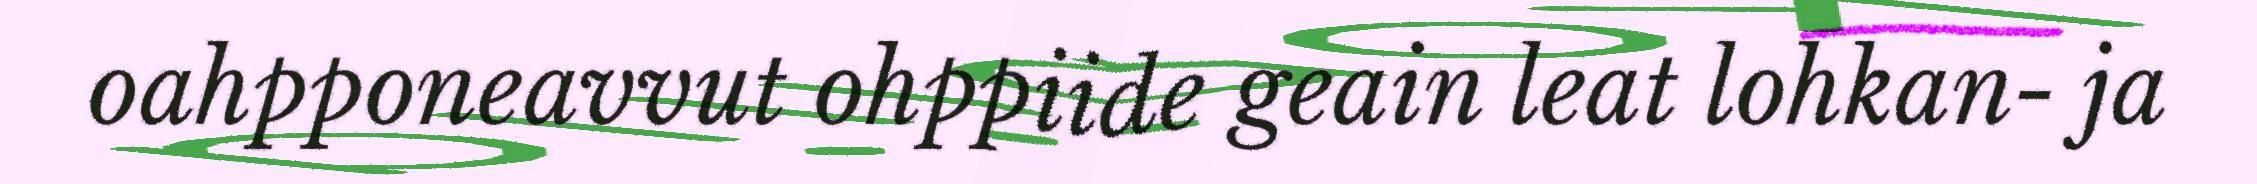
oahpponeavvut ohppiide geain leat lohkan- ja